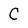
Character: C